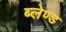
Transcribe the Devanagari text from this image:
ब्लेण्ड